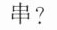
串?